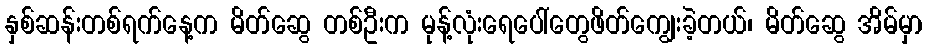
နှစ်ဆန်းတစ်ရက်နေ့က မိတ်ဆွေ တစ်ဦးက မုန့်လုံးရေပေါ်တွေဖိတ်ကျွေးခဲ့တယ်၊ မိတ်ဆွေ အိမ်မှာ